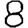
Digit: 8